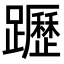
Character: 𨇗